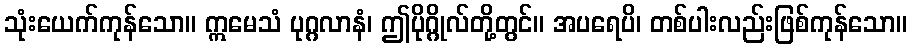
သုံးယေက်ကုန်သော။ ဣမေသံ ပုဂ္ဂလာနံ၊ ဤပိုဂ္ဂိုလ်တို့တွင်။ အပရေပိ၊ တစ်ပါးလည်းဖြစ်ကုန်သော။